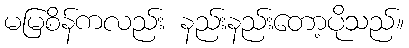
မမြစိန်ကလည်း နည်းနည်းတော့ပိုသည်။